Account of plague administration in the Bombay Presidency from September 1896 till May 1897
Year: 1896
Disease focus: Plague
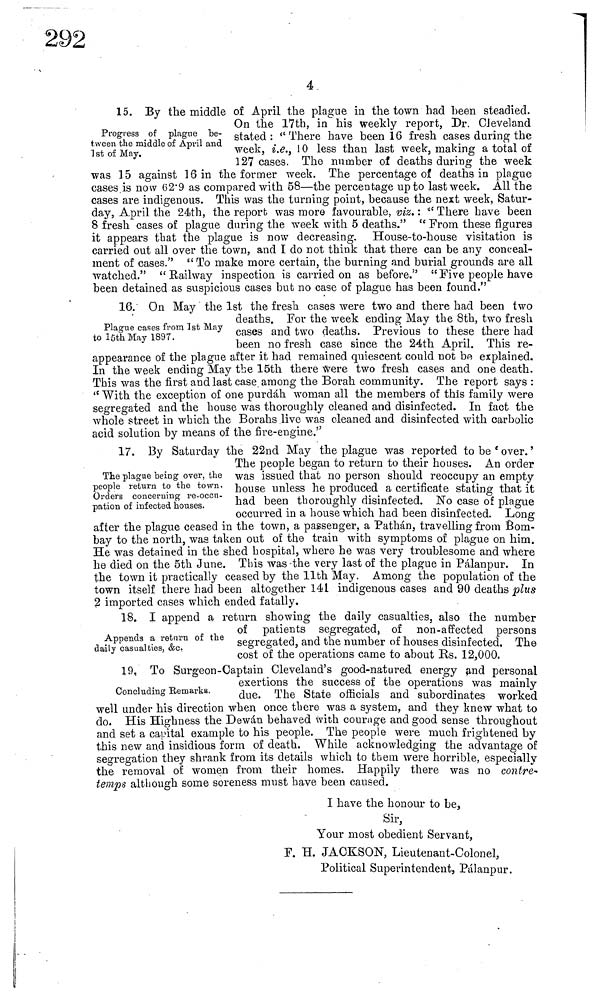
4
Progress of plague be-
tween the middle of April and
1 st of May.
15. By the middle of April the plague in the town had been steadied.
On the 17th, in his weekly report, Dr. CJevela-nd
stated : "There have been 16 fresh cases during the
week, i.e., 10 less than last week, making a total of
127 cases. The number of deaths during the week
was 15 against 16 in the former week, The percentage ol deaths in plague
cases is now 62.9 as compared with 58—the percentage up to last week. All the
cases are indigenous. This was the turning point, because the next week, Satur-
day, April the 24th, the report was more favourable, viz. : " There bave been
8 fresh cases of plague during the week with 5 deaths." " From these figures
it appears that the plague is now decreasing. House-to-house visitation is
carried out all over the town, and I do not think that there can be any conceal-
ment of cases." " To make more certain, the burning and burial grounds are all
watched." "Railway inspection is carried on as before." "Five people have
been detained as suspicious cases but no case of plague has been found."
Plague cases from 1st May
to 18th May 1897.
16. On May the 1st the fresh cases were two and there had been two
deaths. For the week ending May the 8th, two fresh
cases and two deaths. Previous to these there had
been no fresh case since the 24th April. This re-
appearance of the plague after it had remained quiescent could not be explained
In the week ending May the 15th there Were two fresh cases and one death
This was the first and last case among the Borah community. The report says
"With the exception of one purdah woman all the members of this family wen
segregated and the house was thoroughly cleaned and disinfected. In fact the
whole street in which the Borahs live was cleaned and disinfected with carbolie
acid solution by means of the fire-engine."
The plague being over, the
people return to the town.
Orders concerning re-occu-
pation of infected houses.
17. By Saturday the 22nd May the plague was reported to be e over. '
The people began to return to their houses. An order
was issued that no person should reoccupy an empty
house unless he produced a certificate stating that it
had been thoroughly disinfected. No case of plague
occurred in a house which had been disinfected. Long
after the plague ceased in the town, a passenger, a Pathán, travelling from Bom-
bay to the north, was taken out of the train with symptoms of plague on him.
He was detained in the shed hospital, where he was very troublesome and where
he died on the 5th June. This was the very last of the plague in Pálanpur. In
the town it practically ceased by the 11th May. Among the population of the
town itself there had been altogether 141 indigenous cases and 90 deaths plus
2 imported cases which ended fatally.
Appends a return of the
daily casualties, &c.
18. I append a return showing the daily casualties, also the number
of patients segregated, of non-affected persons
segregated, and the number of houses disinfected. The
cost of the operations came to about Rs. 12,000.
Concluding Remarks.
19, To Surgeon-Captain Cleveland's good-natured energy and personal
exertions tne success of tbe operations was mainly
due. The State officials and subordinates worked
well under his direction when once there was a system, and they knew what to
do. His Highness the Dewán behaved with courage and good sense throughout
and set a capital example to his people. The people were much frightened by
this new and insidious form of death. While acknowledging the advantage of
segregation they shrank from its details which to them were horrible, especially
the removal of women from their homes. Happily there was no contre*
temps although some soreness must have been caused.
I have the honour to be,
Sir,
Your most obedient Servant,
F. H. JACKSON, Lieutenant-Colonel,
Political Superintendent, Pálanpur.